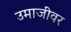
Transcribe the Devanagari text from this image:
उमाजीवर